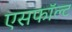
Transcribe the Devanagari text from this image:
एसफॉल्ट